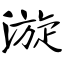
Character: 漩